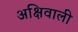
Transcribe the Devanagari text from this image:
अक्षिवाली